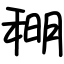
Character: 𫀹